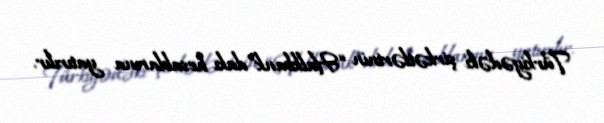
Türkiyədəki şirkətlərinin “Halkbank”dakı hesablarına yatırılır.